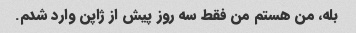
بله، من هستم من فقط سه روز پیش از ژاپن وارد شدم.